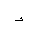
Letter: _hamza